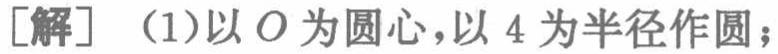
[解] （1）以 \(O\) 为圆心，以 \(4\) 为半径作圆；